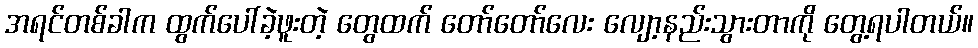
အရင်တစ်ခါက ထွက်ပေါ်ခဲ့ဖူးတဲ့ တွေထက် တော်တော်လေး လျော့နည်းသွားတာကို တွေ့ရပါတယ်။